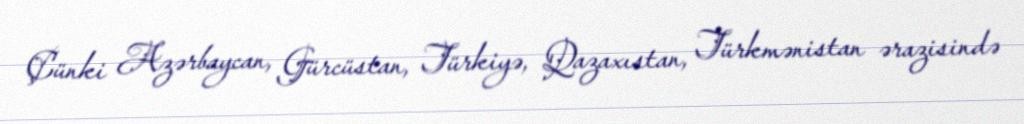
Çünki Azərbaycan, Gürcüstan, Türkiyə, Qazaxıstan, Türkmənistan ərazisində